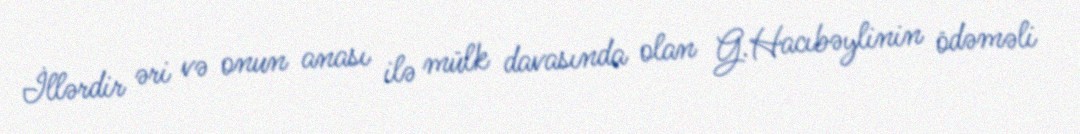
İllərdir əri və onun anası ilə mülk davasında olan G.Hacıbəylinin ödəməli